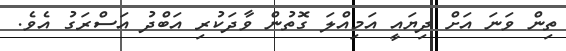
ތިން ވަނަ އަށް ދިޔައީ އަމިއްލަ ގޮތުން ވާދަކުރި އަބްދު އަސްރަގު އެވެ.